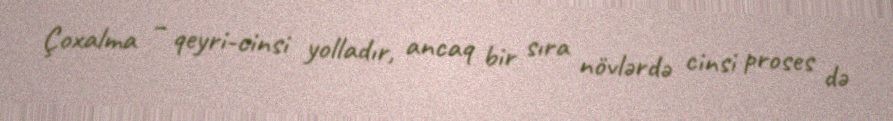
Çoxalma – qeyri-cinsi yolladır, ancaq bir sıra növlərdə cinsi proses də